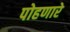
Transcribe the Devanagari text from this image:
पोहणारे